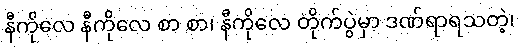
နီကိုလေ နီကိုလေ စာ စာ၊ နီကိုလေ တိုက်ပွဲမှာ ဒဏ်ရာရသတဲ့၊